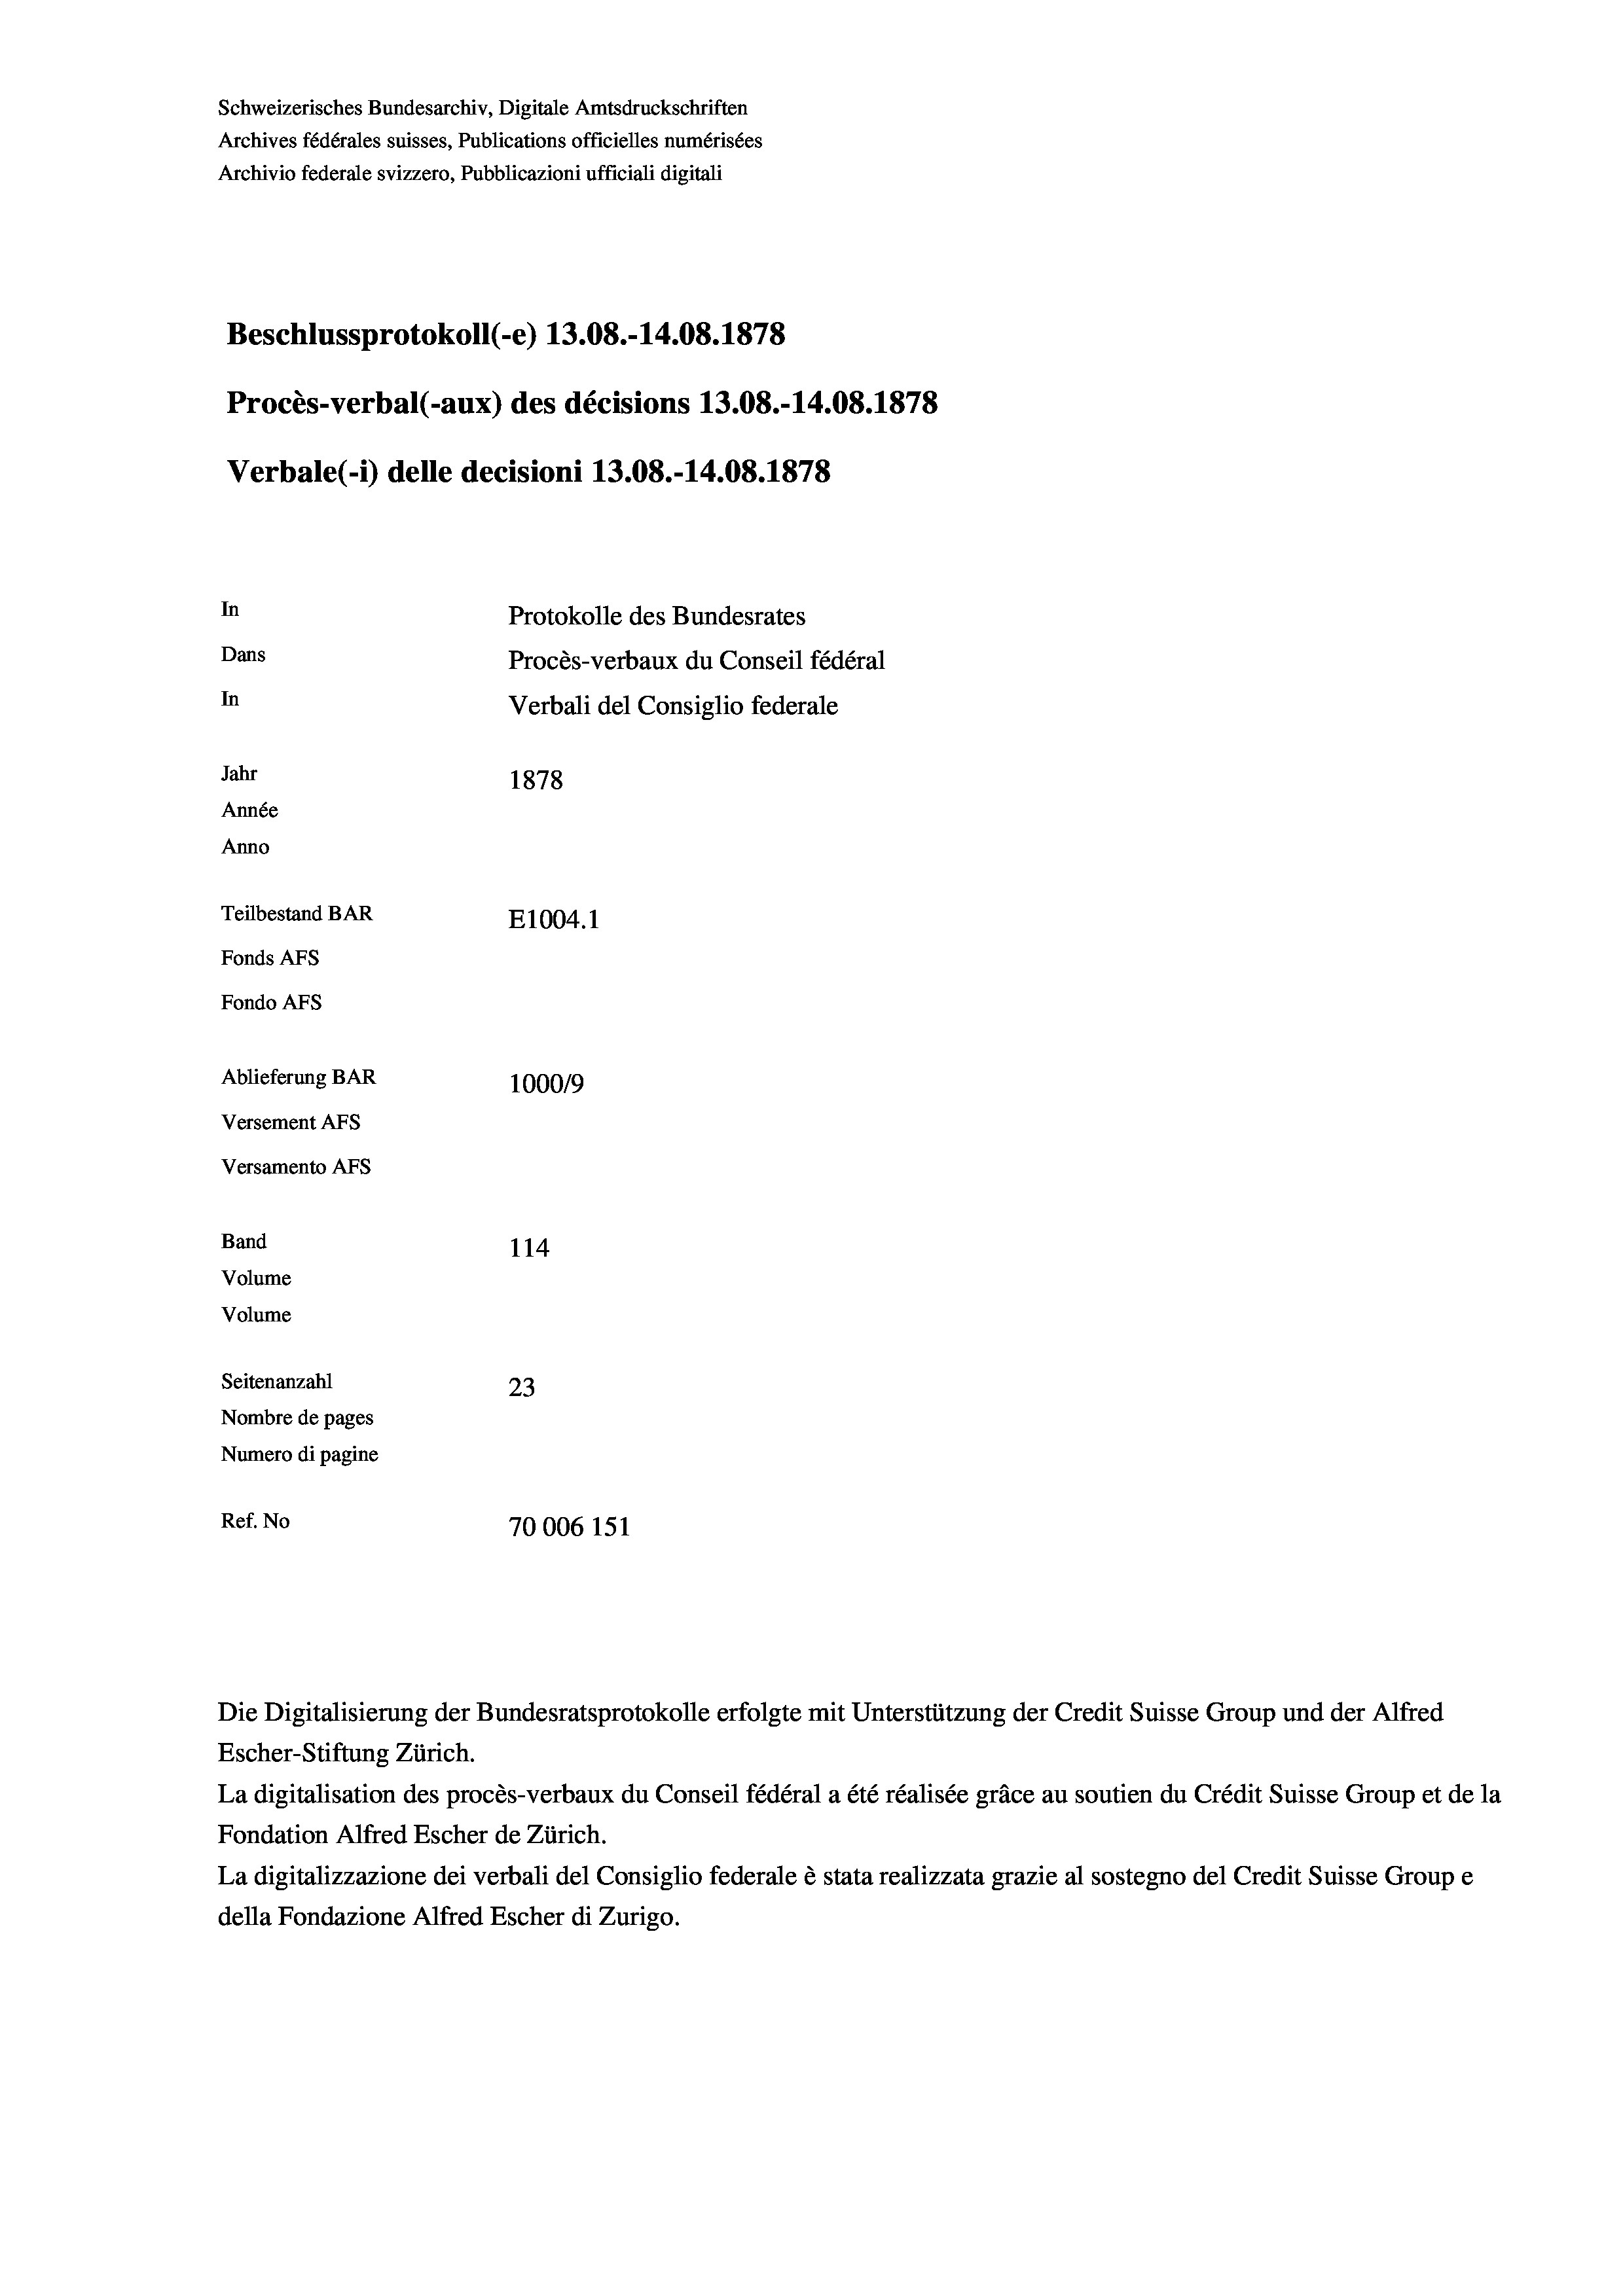
Schweizerisches Bundesarchiv, Digitale Amtsdruckschriften
Archives fédérales suisses, Publications officielles numérisées
Archivio federale svizzero, Pubblicazioni ufficiali digitali
Beschlussprotokoll (-e) 13.08.-14.08. 1878
Procès-verbal (-aux) des décisions 13.08.-14.08. 1878
Verbale(-*) delle decisioni 13.08.-14.08. 1878
In
Protokolle des Bundesrates
Dans
Procès-verbaux du Conseil fédéral
In
Verbali del Consiglio federale
Jahr
1878
Année
Anno
Teilbestand BAR
E1004. 1
Fonds AFs
Fondo Afs
Ablieferung BAR
100019
Versement AFs
Versamento AFs
Band
114
Volume
Volume
Seitenanzahl
23
Nombre de pages
Numero di pagine
Ref. No
70006 151

Escher-Stiftung Zürich.
La digitalisation des procès-verbaux du Conseil fédéral a été réalisée gräce au soutien du Crédit Suisse Group et de la
Fondation Alfred Escher de Zürich.
La digitalizzazione dei verbali del Consiglio federale è stata realizzata grazie al sostegno del Credit Suisse Groupe
della Fondazione Alfred Escher di Zurigo.

Die Digitalisierung der Bundesratsprotokolle erfolgte mit Unterstützung der Credit Suisse Group und der Alfred